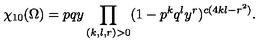
\chi _ { 1 0 } ( \Omega ) = p q y \prod _ { ( k , l , r ) > 0 } ( 1 - p ^ { k } q ^ { l } y ^ { r } ) ^ { c ( 4 k l - r ^ { 2 } ) } .